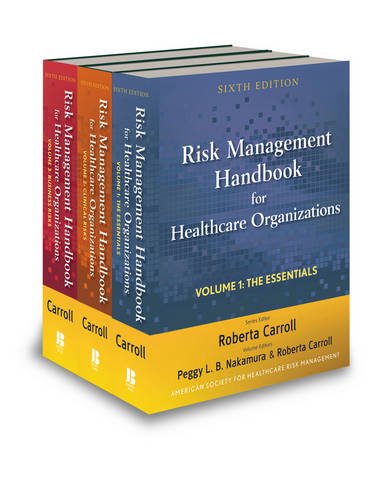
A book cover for Risk Management Handbook for Health Care Organizations, 3 Volume Set; American Society for Healthcare Risk Management (ASHRM); Medical Books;